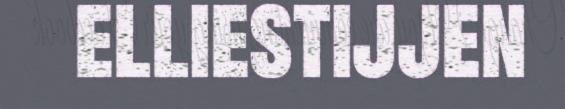
elliestijjen